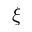
\xi